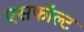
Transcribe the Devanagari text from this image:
एसफॉल्ट